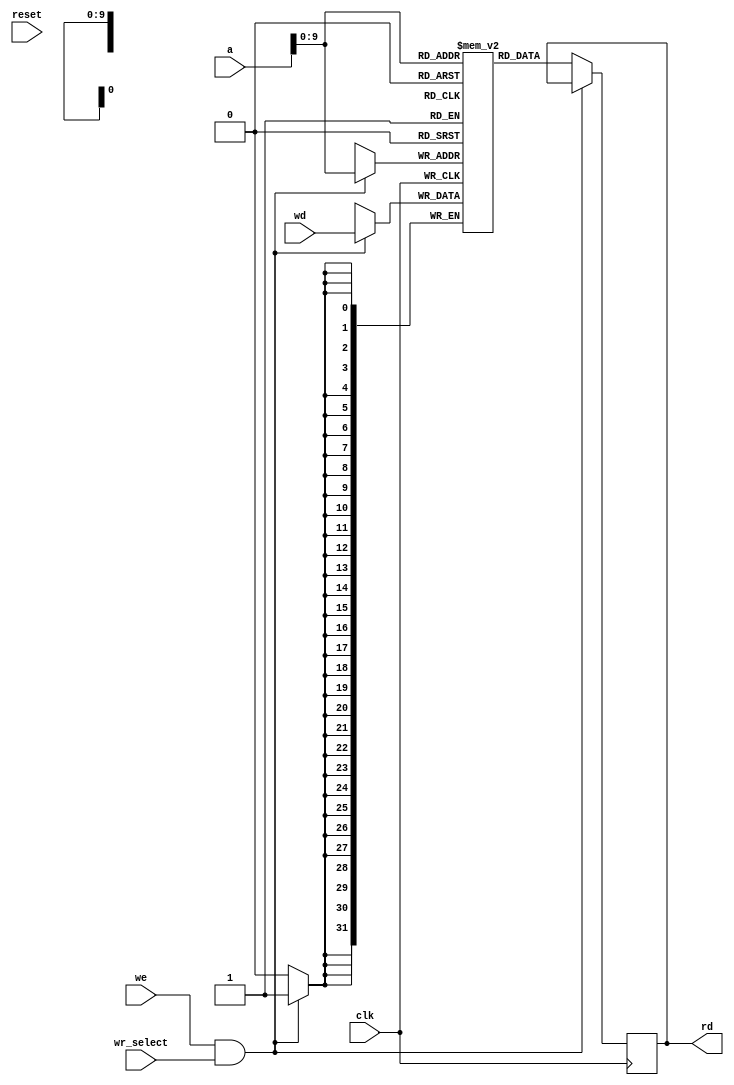
module dmem(
input clk, reset, we,
input [31:0] a, wd,
input wr_select,
output reg [31:0] rd
);
integer i;
reg [31:0] RAM[1023:0]; // 32 Byte
wire [19:0] local_addr;
assign local_addr = a[19:0];
//assign rd = RAM[local_addr]; //[31:2]]; // word aligned
always @(posedge clk)// or negedge reset)
//if(!reset) for (i = 0; i < 1024; i = i + 1)
//RAM[i] <= 0;
//else 
if (we & wr_select) RAM[local_addr] <= wd; // & wr_select
else rd <= RAM[local_addr];
endmodule